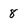
Character: 8